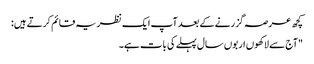
کچھ عرصہ گزرنے کے بعد آپ ایک نظریہ قائم کرتے ہیں:
"آج سے لاکھوں اربوں سال پہلے کی بات ہے۔